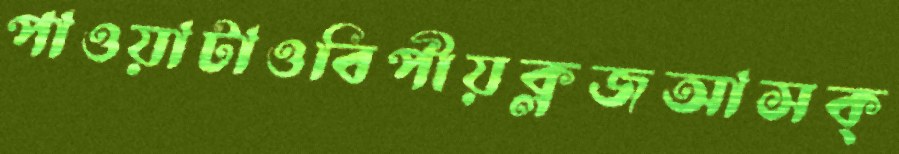
পাওয়াটাওবিপীয়ক্লজআসক্